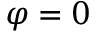
\varphi = 0